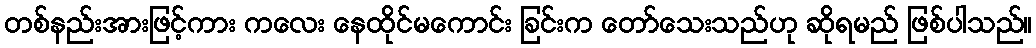
တစ်နည်းအားဖြင့်ကား ကလေး နေထိုင်မကောင်း ခြင်းက တော်သေးသည်ဟု ဆိုရမည် ဖြစ်ပါသည်။